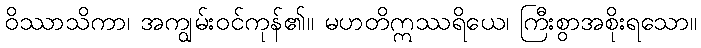
ဝိဿာသိကာ၊ အကျွမ်းဝင်ကုန်၏။ မဟတိဣဿရိယေ၊ ကြီးစွာအစိုးရသော။